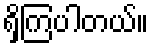
ရှိကြပါတယ်။